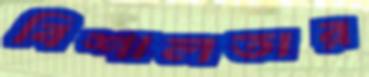
বিশালতার